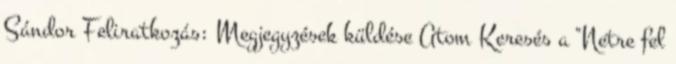
Sándor Feliratkozás: Megjegyzések küldése Atom Keresés a "Netre fel